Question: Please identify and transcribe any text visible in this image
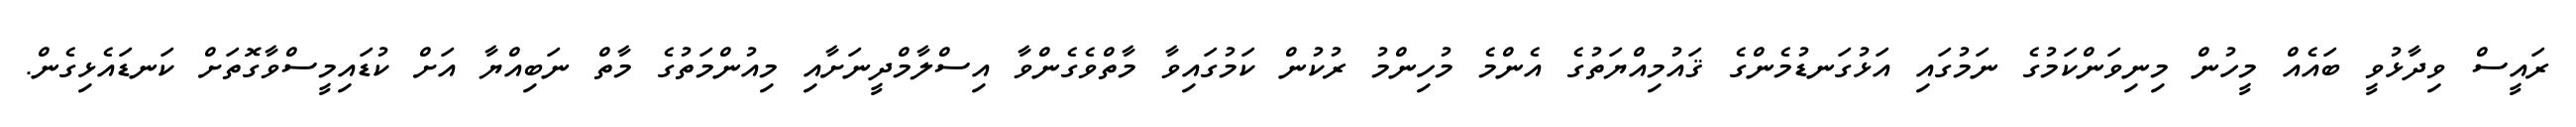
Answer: ރައީސް ވިދާޅުވީ ބައެއް މީހުން މިނިވަންކަމުގެ ނަމުގައި އަޅުގަނޑުމެންގެ ޤައުމިއްޔަތުގެ އެންމެ މުހިންމު ރުކުން ކަމުގައިވާ މާތްވެގެންވާ އިސްލާމްދީނަށާއި މިއުންމަތުގެ މާތް ނަބިއްޔާ އަށް ކުޑައިމީސްވާގޮތަށް ކަނޑައެޅިގެން.